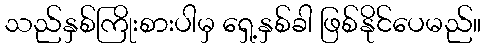
သည်နှစ်ကြိုးစားပါမှ ရှေ့နှစ်ခါ ဖြစ်နိုင်ပေမည်။